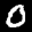
Label: 0